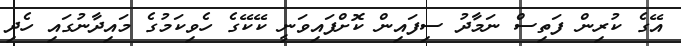
އޭގެ ކުރިން ފަތިސް ނަމާދު ސިފައިން ކޮށްފައިވަނީ ކޭކޭގެ ހެވިކަމުގެ މައިދާނުގައި ހެދި